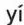
yí